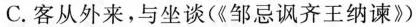
C. 客从外来，与坐谈(《邹忌讽齐王纳谏》)